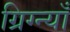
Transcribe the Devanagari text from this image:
ग्रिग्न्याँ